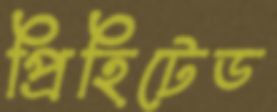
প্রিহিটেড